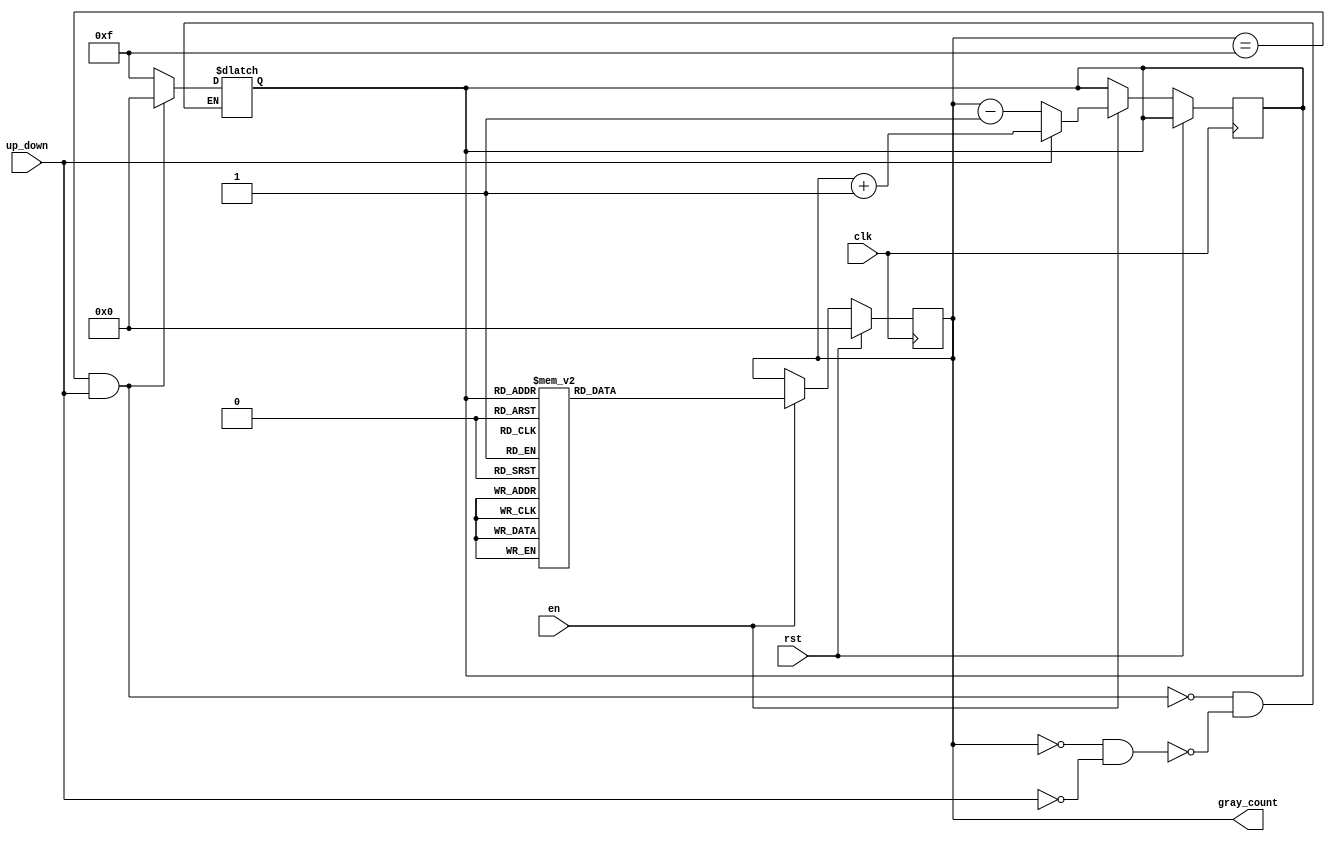
module gray_counter(
  input wire clk,  // Clock input
  input wire rst,  // Synchronous reset
  input wire en,   // Enable signal
  input wire up_down,  // Up/Down signal
  output reg [3:0] gray_count  // Gray code output
);

reg [3:0] count_next;

always @(posedge clk) begin
  if(rst) begin
    gray_count <= 4'b0000;
  end else if(en) begin
    if(up_down) begin
      count_next <= gray_count + 1;
    end else begin
      count_next <= gray_count - 1;
    end
    
    // Gray code conversion
    case(count_next)
      4'b0000: gray_count <= 4'b0000;
      4'b0001: gray_count <= 4'b0001;
      4'b0011: gray_count <= 4'b0010;
      4'b0010: gray_count <= 4'b0011;
      4'b0110: gray_count <= 4'b0100;
      4'b0111: gray_count <= 4'b0101;
      4'b0101: gray_count <= 4'b0110;
      4'b0100: gray_count <= 4'b0111;
      4'b1100: gray_count <= 4'b1000;
      4'b1101: gray_count <= 4'b1001;
      4'b1111: gray_count <= 4'b1010;
      4'b1110: gray_count <= 4'b1011;
      4'b1010: gray_count <= 4'b1100;
      4'b1011: gray_count <= 4'b1101;
      4'b1001: gray_count <= 4'b1110;
      4'b1000: gray_count <= 4'b1111;
    endcase
  end
end

// Comparator for maximum and minimum count value
always @* begin
  if(gray_count == 4'b1111 && up_down) begin
    count_next <= 4'b0000;
  end else if(gray_count == 4'b0000 && !up_down) begin
    count_next <= 4'b1111;
  end
end

endmodule